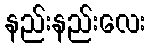
နည်းနည်းလေး